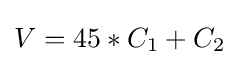
V=45*C_{1}+C_{2}